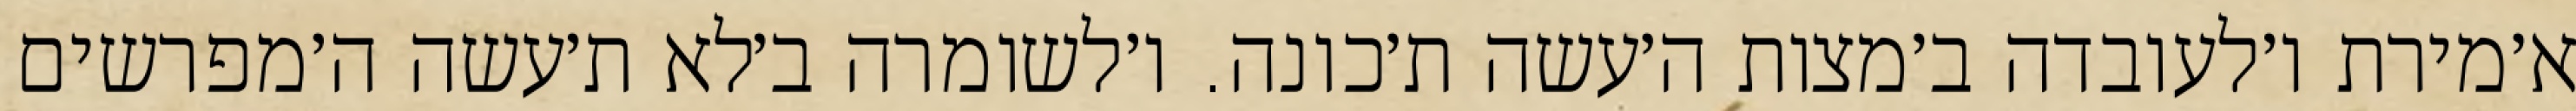
א׳מירת ו׳לעובדה ב׳מצות ה׳עשה ת׳כונה. ו׳לשומרה ב׳לא ת׳עשה ה׳מפרשים